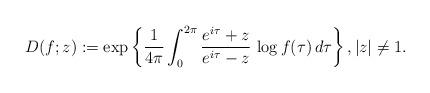
LaTeX: \begin{align*}D(f;z):=\exp\left\{\frac{1}{4\pi}\int_{0}^{2\pi}\frac{e^{i\tau}+z}{e^{i\tau}-z}\,\log f(\tau)\,d\tau\right\},|z|\neq 1.\end{align*}